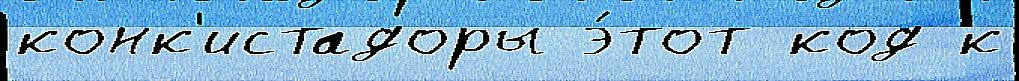
конк'истадоры э́тот код к